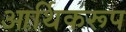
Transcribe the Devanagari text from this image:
आर्थिकरूप